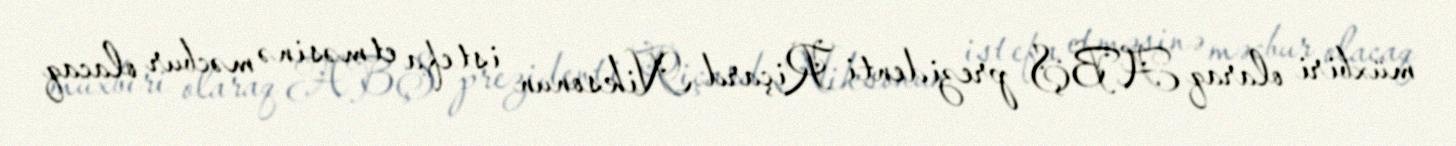
müxbiri olaraq ABŞ prezidenti Riçard Niksonun istefa etməsinə məcbur olacaq